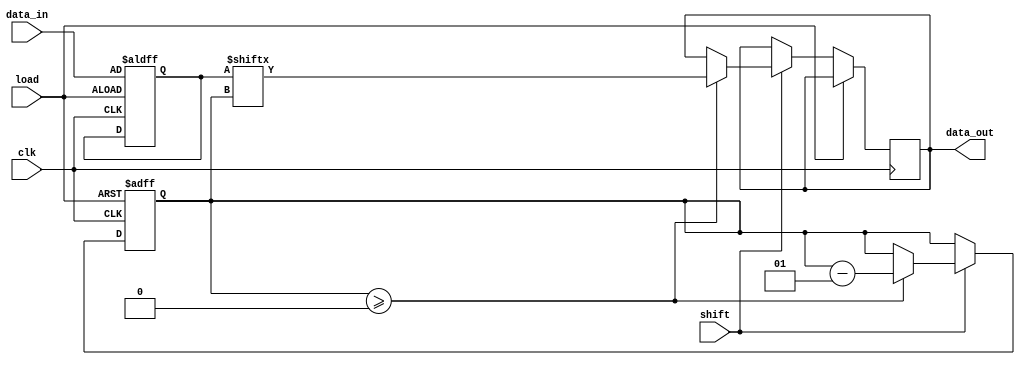
module PISO_Register (
    input wire [7:0] data_in,  // 8-bit parallel data input
    input wire load,            // Asynchronous load control signal
    input wire shift,           // Shift control signal
    input wire clk,             // Clock signal
    output reg data_out         // Serial data output
);

    reg [7:0] register;         // Internal register to hold data
    integer bit_count;          // Counter for the number of bits shifted out

    always @(posedge clk or posedge load) begin
        if (load) begin
            // Load the data into the register when load is high
            register <= data_in;  // Load data_in into the register
            bit_count <= 7;        // Reset bit counter to the highest bit (7)
        end else if (shift) begin
            // Shift data out on the rising edge of clk when shift is high
            if (bit_count >= 0) begin
                data_out <= register[bit_count]; // Output the current bit
                bit_count <= bit_count - 1;      // Decrement the bit counter
            end
        end
    end

endmodule